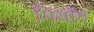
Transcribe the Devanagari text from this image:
मियोंग